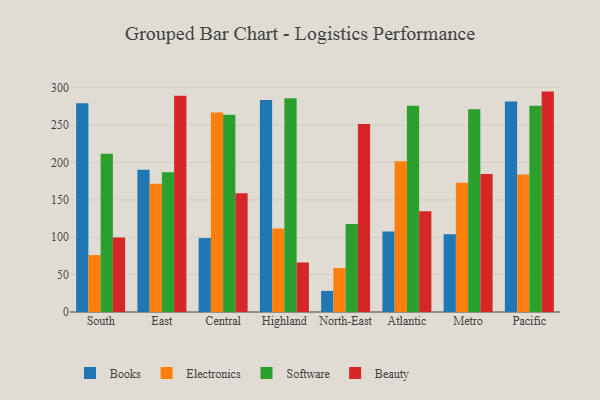
{"axis": {"x": "Region", "y": "Production Output"}, "legend": ["Beauty", "Books", "Electronics", "Software"], "data": [{"x": "South", "y": 279.2, "type": "Books"}, {"x": "South", "y": 76.1, "type": "Electronics"}, {"x": "South", "y": 211.6, "type": "Software"}, {"x": "South", "y": 99.7, "type": "Beauty"}, {"x": "East", "y": 190.1, "type": "Books"}, {"x": "East", "y": 171.6, "type": "Electronics"}, {"x": "East", "y": 186.7, "type": "Software"}, {"x": "East", "y": 289.0, "type": "Beauty"}, {"x": "Central", "y": 99.0, "type": "Books"}, {"x": "Central", "y": 266.8, "type": "Electronics"}, {"x": "Central", "y": 263.6, "type": "Software"}, {"x": "Central", "y": 158.8, "type": "Beauty"}, {"x": "Highland", "y": 283.5, "type": "Books"}, {"x": "Highland", "y": 111.7, "type": "Electronics"}, {"x": "Highland", "y": 285.8, "type": "Software"}, {"x": "Highland", "y": 66.2, "type": "Beauty"}, {"x": "North-East", "y": 28.2, "type": "Books"}, {"x": "North-East", "y": 58.8, "type": "Electronics"}, {"x": "North-East", "y": 117.6, "type": "Software"}, {"x": "North-East", "y": 251.4, "type": "Beauty"}, {"x": "Atlantic", "y": 107.7, "type": "Books"}, {"x": "Atlantic", "y": 201.7, "type": "Electronics"}, {"x": "Atlantic", "y": 275.8, "type": "Software"}, {"x": "Atlantic", "y": 134.6, "type": "Beauty"}, {"x": "Metro", "y": 103.8, "type": "Books"}, {"x": "Metro", "y": 172.7, "type": "Electronics"}, {"x": "Metro", "y": 271.0, "type": "Software"}, {"x": "Metro", "y": 184.6, "type": "Beauty"}, {"x": "Pacific", "y": 281.6, "type": "Books"}, {"x": "Pacific", "y": 183.9, "type": "Electronics"}, {"x": "Pacific", "y": 275.7, "type": "Software"}, {"x": "Pacific", "y": 294.7, "type": "Beauty"}]}